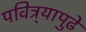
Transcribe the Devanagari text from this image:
पवित्र्यापुढे